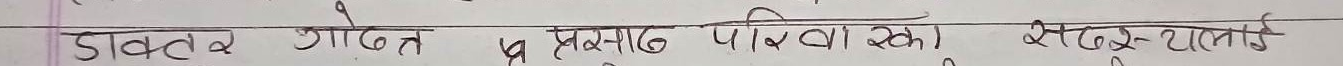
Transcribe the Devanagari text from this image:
डाक्टर गोदेन प्रस्साद पाटोरा स्मी सेल्भस यानि